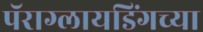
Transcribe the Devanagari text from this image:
पॅराग्लायडिंगच्या